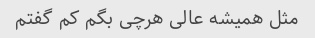
مثل همیشه عالی هرچی بگم کم گفتم